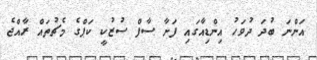
އަންނަ ބުދަ ދުވަހު އިންޑިއާގައި ފަށާ ސާފް ސުޒުކީ ކަޕްގެ މެޗުތައް ރާއްޖެ